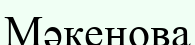
Мәкенова